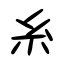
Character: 糸